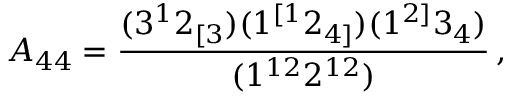
A _ { 4 4 } = \frac { ( 3 ^ { 1 } 2 _ { [ 3 } ) ( 1 ^ { [ 1 } 2 _ { 4 ] } ) ( 1 ^ { 2 ] } 3 _ { 4 } ) } { ( 1 ^ { 1 2 } 2 ^ { 1 2 } ) } \, ,